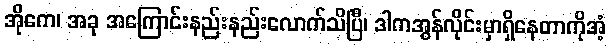
အိုကေ၊ အခု အကြောင်းနည်းနည်းလောက်သိပြီ၊ ဒါကအွန်လိုင်းမှာရှိနေတာကိုအံ့